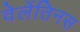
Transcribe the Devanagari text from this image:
वेलेंतिनस